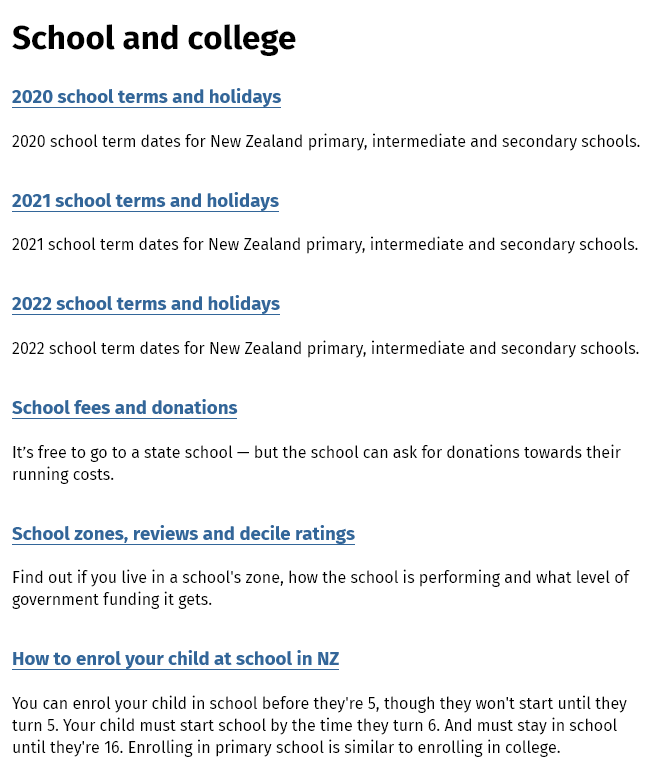
School    and    college
  2020 school terms  and holidays
  2020 school term dates for New Zealand primary, intermediate and secondary schools.
  2021 school terms and holidays
  2021 school term dates for New Zealand primary, intermediate and secondary schools.
  2022 school terms and  holidays
  2022 school term dates for New Zealand primary, intermediate and secondary schools.
  School fees and donations
  It's free to go to a state school
     —
     but the school can ask for donations towards their
  running costs.
  School zones, reviews and  decile ratings
  Find out if you live in a school’s zone, how the school is performing and what level of
  government funding it gets.
  How  to enrol your child at school in NZ
  You can enrol your child in school before they're 5, though they won't start until they
  turn 5. Your child must start school by the time they turn 6. And must stay in school
  until they're 16. Enrolling in primary school is similar to enrolling in college.